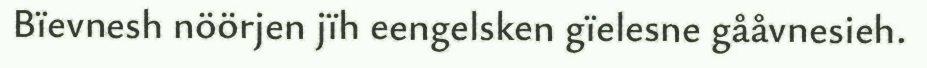
Bïevnesh nöörjen jïh eengelsken gïelesne gååvnesieh.